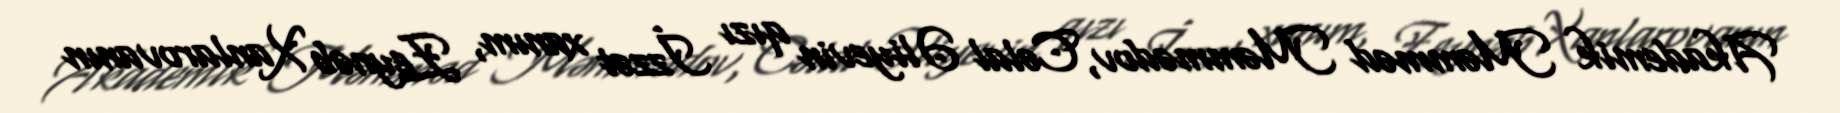
Akademik Məmməd Məmmədov, Cəlal Əliyevin qızı İzzət xanım, Zeynəb Xanlarovanın